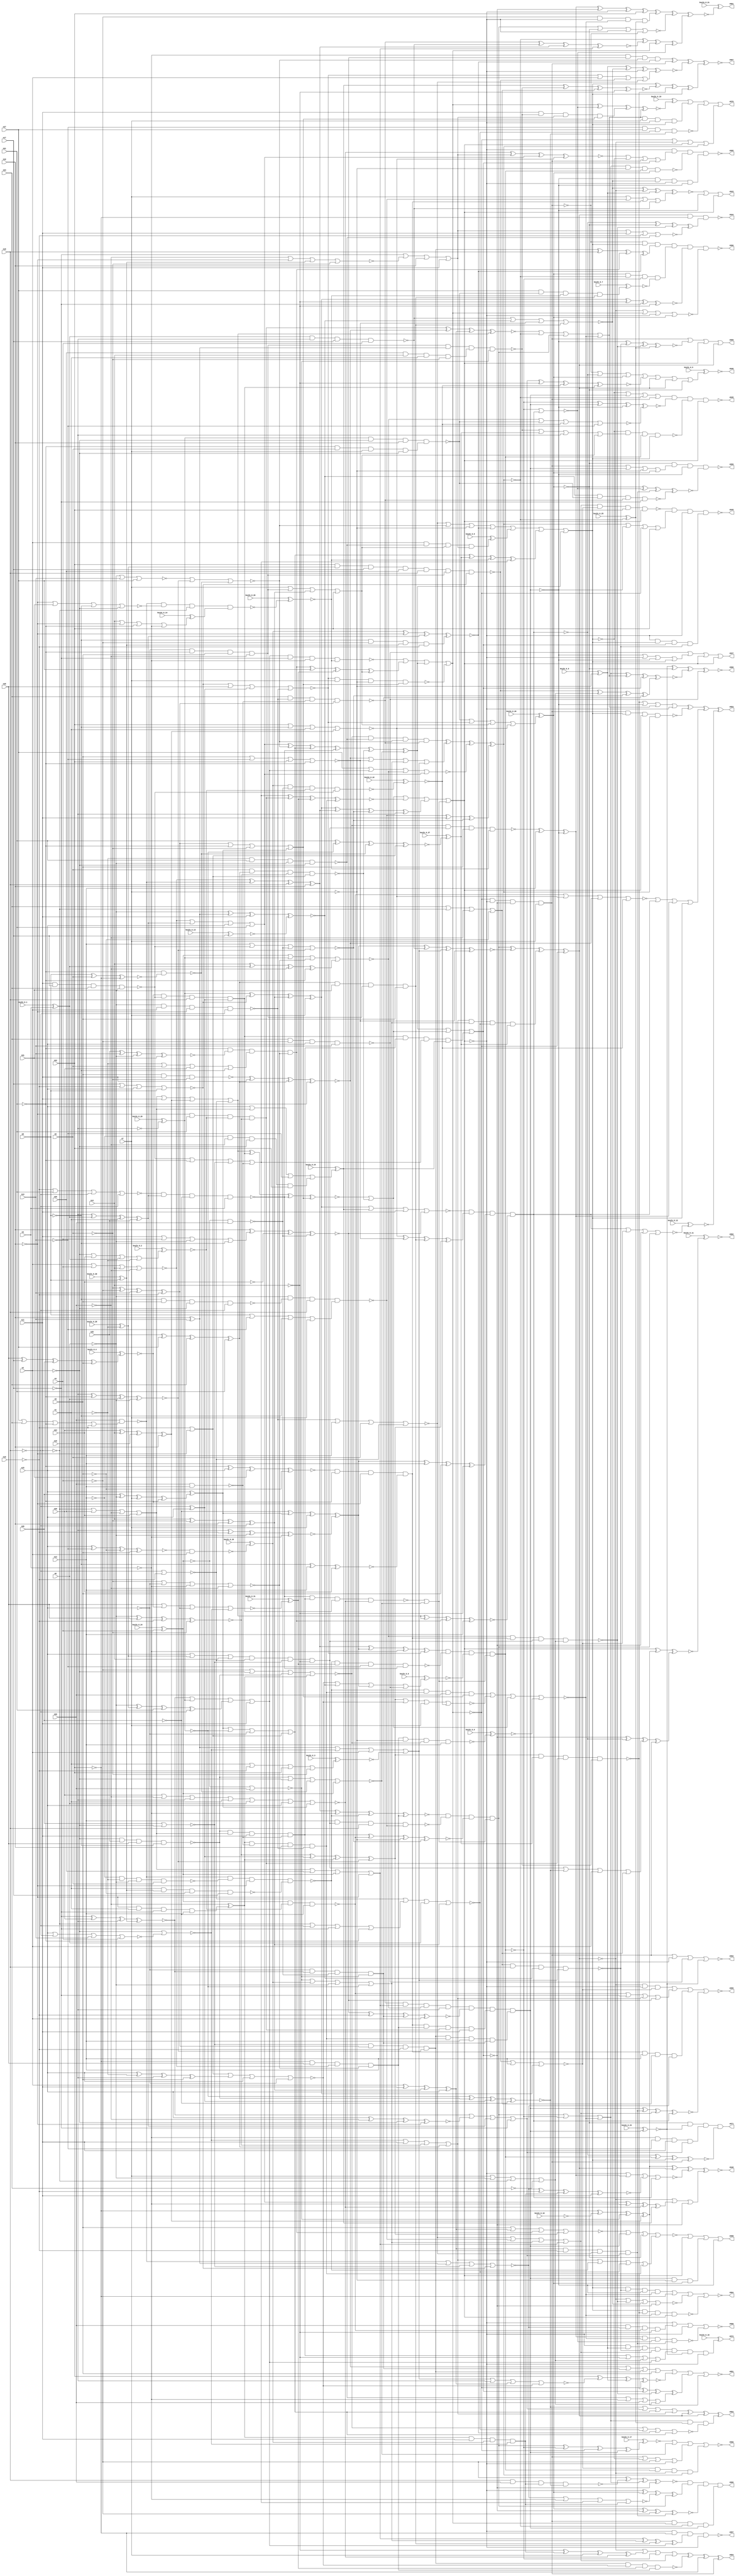


module Stat_541_1114
(
  n1,
  n2,
  n3,
  n4,
  n5,
  n6,
  n7,
  n8,
  n9,
  n10,
  n11,
  n12,
  n13,
  n14,
  n15,
  n16,
  n17,
  n18,
  n19,
  n20,
  n21,
  n22,
  n23,
  n24,
  n25,
  n26,
  n27,
  n28,
  n29,
  n30,
  n31,
  n555,
  n546,
  n564,
  n552,
  n572,
  n544,
  n571,
  n557,
  n545,
  n560,
  n543,
  n568,
  n562,
  n570,
  n558,
  n567,
  n550,
  n551,
  n556,
  n554,
  n547,
  n565,
  n549,
  n559,
  n569,
  n548,
  n561,
  n563,
  n566,
  n553,
  keyIn_0_0,
  keyIn_0_1,
  keyIn_0_2,
  keyIn_0_3,
  keyIn_0_4,
  keyIn_0_5,
  keyIn_0_6,
  keyIn_0_7,
  keyIn_0_8,
  keyIn_0_9,
  keyIn_0_10,
  keyIn_0_11,
  keyIn_0_12,
  keyIn_0_13,
  keyIn_0_14,
  keyIn_0_15,
  keyIn_0_16,
  keyIn_0_17,
  keyIn_0_18,
  keyIn_0_19,
  keyIn_0_20,
  keyIn_0_21,
  keyIn_0_22,
  keyIn_0_23,
  keyIn_0_24,
  keyIn_0_25,
  keyIn_0_26,
  keyIn_0_27,
  keyIn_0_28,
  keyIn_0_29,
  keyIn_0_30,
  keyIn_0_31
);

  input n1;
  input n2;
  input n3;
  input n4;
  input n5;
  input n6;
  input n7;
  input n8;
  input n9;
  input n10;
  input n11;
  input n12;
  input n13;
  input n14;
  input n15;
  input n16;
  input n17;
  input n18;
  input n19;
  input n20;
  input n21;
  input n22;
  input n23;
  input n24;
  input n25;
  input n26;
  input n27;
  input n28;
  input n29;
  input n30;
  input n31;
  input keyIn_0_0;
  input keyIn_0_1;
  input keyIn_0_2;
  input keyIn_0_3;
  input keyIn_0_4;
  input keyIn_0_5;
  input keyIn_0_6;
  input keyIn_0_7;
  input keyIn_0_8;
  input keyIn_0_9;
  input keyIn_0_10;
  input keyIn_0_11;
  input keyIn_0_12;
  input keyIn_0_13;
  input keyIn_0_14;
  input keyIn_0_15;
  input keyIn_0_16;
  input keyIn_0_17;
  input keyIn_0_18;
  input keyIn_0_19;
  input keyIn_0_20;
  input keyIn_0_21;
  input keyIn_0_22;
  input keyIn_0_23;
  input keyIn_0_24;
  input keyIn_0_25;
  input keyIn_0_26;
  input keyIn_0_27;
  input keyIn_0_28;
  input keyIn_0_29;
  input keyIn_0_30;
  input keyIn_0_31;
  output n555;
  output n546;
  output n564;
  output n552;
  output n572;
  output n544;
  output n571;
  output n557;
  output n545;
  output n560;
  output n543;
  output n568;
  output n562;
  output n570;
  output n558;
  output n567;
  output n550;
  output n551;
  output n556;
  output n554;
  output n547;
  output n565;
  output n549;
  output n559;
  output n569;
  output n548;
  output n561;
  output n563;
  output n566;
  output n553;
  wire n32;
  wire n33;
  wire n34;
  wire n35;
  wire n36;
  wire n37;
  wire n38;
  wire n39;
  wire n40;
  wire n41;
  wire n42;
  wire n43;
  wire n44;
  wire n45;
  wire n46;
  wire n47;
  wire n48;
  wire n49;
  wire n50;
  wire n51;
  wire n52;
  wire n53;
  wire n54;
  wire n55;
  wire n56;
  wire n57;
  wire n58;
  wire n59;
  wire n60;
  wire n61;
  wire n62;
  wire n63;
  wire n64;
  wire n65;
  wire n66;
  wire n67;
  wire n68;
  wire n69;
  wire n70;
  wire n71;
  wire n72;
  wire n73;
  wire n74;
  wire n75;
  wire n76;
  wire n77;
  wire n78;
  wire n79;
  wire n80;
  wire n81;
  wire n82;
  wire n83;
  wire n84;
  wire n85;
  wire n86;
  wire n87;
  wire n88;
  wire n89;
  wire n90;
  wire n91;
  wire n92;
  wire n93;
  wire n94;
  wire n95;
  wire n96;
  wire n97;
  wire n98;
  wire n99;
  wire n100;
  wire n101;
  wire n102;
  wire n103;
  wire n104;
  wire n105;
  wire n106;
  wire n107;
  wire n108;
  wire n109;
  wire n110;
  wire n111;
  wire n112;
  wire n113;
  wire n114;
  wire n115;
  wire n116;
  wire n117;
  wire n118;
  wire n119;
  wire n120;
  wire n121;
  wire n122;
  wire n123;
  wire n124;
  wire n125;
  wire n126;
  wire n127;
  wire n128;
  wire n129;
  wire n130;
  wire n131;
  wire n132;
  wire n133;
  wire n134;
  wire n135;
  wire n136;
  wire n137;
  wire n138;
  wire n139;
  wire n140;
  wire n141;
  wire n142;
  wire n143;
  wire n144;
  wire n145;
  wire n146;
  wire n147;
  wire n148;
  wire n149;
  wire n150;
  wire n151;
  wire n152;
  wire n153;
  wire n154;
  wire n155;
  wire n156;
  wire n157;
  wire n158;
  wire n159;
  wire n160;
  wire n161;
  wire n162;
  wire n163;
  wire n164;
  wire n165;
  wire n166;
  wire n167;
  wire n168;
  wire n169;
  wire n170;
  wire n171;
  wire n172;
  wire n173;
  wire n174;
  wire n175;
  wire n176;
  wire n177;
  wire n178;
  wire n179;
  wire n180;
  wire n181;
  wire n182;
  wire n183;
  wire n184;
  wire n185;
  wire n186;
  wire n187;
  wire n188;
  wire n189;
  wire n190;
  wire n191;
  wire n192;
  wire n193;
  wire n194;
  wire n195;
  wire n196;
  wire n197;
  wire n198;
  wire n199;
  wire n200;
  wire n201;
  wire n202;
  wire n203;
  wire n204;
  wire n205;
  wire n206;
  wire n207;
  wire n208;
  wire n209;
  wire n210;
  wire n211;
  wire n212;
  wire n213;
  wire n214;
  wire n215;
  wire n216;
  wire n217;
  wire n218;
  wire n219;
  wire n220;
  wire n221;
  wire n222;
  wire n223;
  wire n224;
  wire n225;
  wire n226;
  wire n227;
  wire n228;
  wire n229;
  wire n230;
  wire n231;
  wire n232;
  wire n233;
  wire n234;
  wire n235;
  wire n236;
  wire n237;
  wire n238;
  wire n239;
  wire n240;
  wire n241;
  wire n242;
  wire n243;
  wire n244;
  wire n245;
  wire n246;
  wire n247;
  wire n248;
  wire n249;
  wire n250;
  wire n251;
  wire n252;
  wire n253;
  wire n254;
  wire n255;
  wire n256;
  wire n257;
  wire n258;
  wire n259;
  wire n260;
  wire n261;
  wire n262;
  wire n263;
  wire n264;
  wire n265;
  wire n266;
  wire n267;
  wire n268;
  wire n269;
  wire n270;
  wire n271;
  wire n272;
  wire n273;
  wire n274;
  wire n275;
  wire n276;
  wire n277;
  wire n278;
  wire n279;
  wire n280;
  wire n281;
  wire n282;
  wire n283;
  wire n284;
  wire n285;
  wire n286;
  wire n287;
  wire n288;
  wire n289;
  wire n290;
  wire n291;
  wire n292;
  wire n293;
  wire n294;
  wire n295;
  wire n296;
  wire n297;
  wire n298;
  wire n299;
  wire n300;
  wire n301;
  wire n302;
  wire n303;
  wire n304;
  wire n305;
  wire n306;
  wire n307;
  wire n308;
  wire n309;
  wire n310;
  wire n311;
  wire n312;
  wire n313;
  wire n314;
  wire n315;
  wire n316;
  wire n317;
  wire n318;
  wire n319;
  wire n320;
  wire n321;
  wire n322;
  wire n323;
  wire n324;
  wire n325;
  wire n326;
  wire n327;
  wire n328;
  wire n329;
  wire n330;
  wire n331;
  wire n332;
  wire n333;
  wire n334;
  wire n335;
  wire n336;
  wire n337;
  wire n338;
  wire n339;
  wire n340;
  wire n341;
  wire n342;
  wire n343;
  wire n344;
  wire n345;
  wire n346;
  wire n347;
  wire n348;
  wire n349;
  wire n350;
  wire n351;
  wire n352;
  wire n353;
  wire n354;
  wire n355;
  wire n356;
  wire n357;
  wire n358;
  wire n359;
  wire n360;
  wire n361;
  wire n362;
  wire n363;
  wire n364;
  wire n365;
  wire n366;
  wire n367;
  wire n368;
  wire n369;
  wire n370;
  wire n371;
  wire n372;
  wire n373;
  wire n374;
  wire n375;
  wire n376;
  wire n377;
  wire n378;
  wire n379;
  wire n380;
  wire n381;
  wire n382;
  wire n383;
  wire n384;
  wire n385;
  wire n386;
  wire n387;
  wire n388;
  wire n389;
  wire n390;
  wire n391;
  wire n392;
  wire n393;
  wire n394;
  wire n395;
  wire n396;
  wire n397;
  wire n398;
  wire n399;
  wire n400;
  wire n401;
  wire n402;
  wire n403;
  wire n404;
  wire n405;
  wire n406;
  wire n407;
  wire n408;
  wire n409;
  wire n410;
  wire n411;
  wire n412;
  wire n413;
  wire n414;
  wire n415;
  wire n416;
  wire n417;
  wire n418;
  wire n419;
  wire n420;
  wire n421;
  wire n422;
  wire n423;
  wire n424;
  wire n425;
  wire n426;
  wire n427;
  wire n428;
  wire n429;
  wire n430;
  wire n431;
  wire n432;
  wire n433;
  wire n434;
  wire n435;
  wire n436;
  wire n437;
  wire n438;
  wire n439;
  wire n440;
  wire n441;
  wire n442;
  wire n443;
  wire n444;
  wire n445;
  wire n446;
  wire n447;
  wire n448;
  wire n449;
  wire n450;
  wire n451;
  wire n452;
  wire n453;
  wire n454;
  wire n455;
  wire n456;
  wire n457;
  wire n458;
  wire n459;
  wire n460;
  wire n461;
  wire n462;
  wire n463;
  wire n464;
  wire n465;
  wire n466;
  wire n467;
  wire n468;
  wire n469;
  wire n470;
  wire n471;
  wire n472;
  wire n473;
  wire n474;
  wire n475;
  wire n476;
  wire n477;
  wire n478;
  wire n479;
  wire n480;
  wire n481;
  wire n482;
  wire n483;
  wire n484;
  wire n485;
  wire n486;
  wire n487;
  wire n488;
  wire n489;
  wire n490;
  wire n491;
  wire n492;
  wire n493;
  wire n494;
  wire n495;
  wire n496;
  wire n497;
  wire n498;
  wire n499;
  wire n500;
  wire n501;
  wire n502;
  wire n503;
  wire n504;
  wire n505;
  wire n506;
  wire n507;
  wire n508;
  wire n509;
  wire n510;
  wire n511;
  wire n512;
  wire n513;
  wire n514;
  wire n515;
  wire n516;
  wire n517;
  wire n518;
  wire n519;
  wire n520;
  wire n521;
  wire n522;
  wire n523;
  wire n524;
  wire n525;
  wire n526;
  wire n527;
  wire n528;
  wire n529;
  wire n530;
  wire n531;
  wire n532;
  wire n533;
  wire n534;
  wire n535;
  wire n536;
  wire n537;
  wire n538;
  wire n539;
  wire n540;
  wire n541;
  wire n542;
  wire KeyWire_0_0;
  wire KeyWire_0_1;
  wire KeyWire_0_2;
  wire KeyWire_0_3;
  wire KeyWire_0_4;
  wire KeyWire_0_5;
  wire KeyWire_0_6;
  wire KeyWire_0_7;
  wire KeyWire_0_8;
  wire KeyWire_0_9;
  wire KeyWire_0_10;
  wire KeyWire_0_11;
  wire KeyWire_0_12;
  wire KeyWire_0_13;
  wire KeyWire_0_14;
  wire KeyWire_0_15;
  wire KeyWire_0_16;
  wire KeyWire_0_17;
  wire KeyWire_0_18;
  wire KeyWire_0_19;
  wire KeyWire_0_20;
  wire KeyWire_0_21;
  wire KeyWire_0_22;
  wire KeyWire_0_23;
  wire KeyWire_0_24;
  wire KeyWire_0_25;
  wire KeyWire_0_26;
  wire KeyWire_0_27;
  wire KeyWire_0_28;
  wire KeyWire_0_29;
  wire KeyWire_0_30;
  wire KeyWire_0_31;

  buf
  g0
  (
    n102,
    n20
  );


  not
  g1
  (
    n63,
    n11
  );


  buf
  g2
  (
    n36,
    n2
  );


  buf
  g3
  (
    n97,
    n9
  );


  buf
  g4
  (
    n62,
    n7
  );


  buf
  g5
  (
    n91,
    n12
  );


  buf
  g6
  (
    n41,
    n1
  );


  buf
  g7
  (
    n112,
    n19
  );


  not
  g8
  (
    n106,
    n14
  );


  not
  g9
  (
    n81,
    n5
  );


  not
  g10
  (
    n98,
    n13
  );


  buf
  g11
  (
    n32,
    n11
  );


  buf
  g12
  (
    n118,
    n7
  );


  not
  g13
  (
    n33,
    n5
  );


  not
  g14
  (
    n95,
    n20
  );


  buf
  g15
  (
    n69,
    n21
  );


  not
  g16
  (
    n66,
    n10
  );


  not
  g17
  (
    n61,
    n12
  );


  buf
  g18
  (
    n47,
    n4
  );


  not
  g19
  (
    n84,
    n16
  );


  buf
  g20
  (
    n117,
    n12
  );


  not
  g21
  (
    n50,
    n18
  );


  buf
  g22
  (
    n38,
    n11
  );


  not
  g23
  (
    n67,
    n6
  );


  buf
  g24
  (
    n59,
    n22
  );


  buf
  g25
  (
    n74,
    n6
  );


  not
  g26
  (
    KeyWire_0_28,
    n1
  );


  buf
  g27
  (
    KeyWire_0_1,
    n3
  );


  buf
  g28
  (
    n44,
    n1
  );


  buf
  g29
  (
    n114,
    n11
  );


  not
  g30
  (
    n88,
    n5
  );


  buf
  g31
  (
    n35,
    n23
  );


  not
  g32
  (
    n49,
    n18
  );


  not
  g33
  (
    n46,
    n6
  );


  buf
  g34
  (
    n54,
    n17
  );


  buf
  g35
  (
    n87,
    n10
  );


  not
  g36
  (
    n104,
    n14
  );


  buf
  g37
  (
    n86,
    n19
  );


  buf
  g38
  (
    n57,
    n13
  );


  not
  g39
  (
    n110,
    n3
  );


  buf
  g40
  (
    n77,
    n2
  );


  not
  g41
  (
    n82,
    n8
  );


  buf
  g42
  (
    n119,
    n22
  );


  buf
  g43
  (
    n72,
    n5
  );


  buf
  g44
  (
    n70,
    n14
  );


  not
  g45
  (
    n83,
    n15
  );


  not
  g46
  (
    n39,
    n4
  );


  buf
  g47
  (
    n96,
    n14
  );


  not
  g48
  (
    n53,
    n22
  );


  not
  g49
  (
    n85,
    n20
  );


  not
  g50
  (
    n56,
    n21
  );


  buf
  g51
  (
    n64,
    n13
  );


  buf
  g52
  (
    n93,
    n9
  );


  not
  g53
  (
    n79,
    n17
  );


  not
  g54
  (
    n55,
    n21
  );


  buf
  g55
  (
    n43,
    n19
  );


  not
  g56
  (
    n45,
    n2
  );


  buf
  g57
  (
    n90,
    n17
  );


  not
  g58
  (
    n71,
    n9
  );


  not
  g59
  (
    KeyWire_0_29,
    n19
  );


  not
  g60
  (
    n107,
    n17
  );


  not
  g61
  (
    n58,
    n6
  );


  buf
  g62
  (
    n113,
    n7
  );


  buf
  g63
  (
    KeyWire_0_30,
    n8
  );


  buf
  g64
  (
    n48,
    n10
  );


  not
  g65
  (
    n92,
    n18
  );


  not
  g66
  (
    n65,
    n21
  );


  not
  g67
  (
    n109,
    n7
  );


  buf
  g68
  (
    n76,
    n8
  );


  not
  g69
  (
    n34,
    n16
  );


  buf
  g70
  (
    n111,
    n9
  );


  not
  g71
  (
    n89,
    n16
  );


  not
  g72
  (
    n116,
    n16
  );


  buf
  g73
  (
    n101,
    n15
  );


  buf
  g74
  (
    n94,
    n15
  );


  not
  g75
  (
    n37,
    n1
  );


  not
  g76
  (
    n115,
    n13
  );


  buf
  g77
  (
    n108,
    n18
  );


  buf
  g78
  (
    n75,
    n15
  );


  not
  g79
  (
    n103,
    n3
  );


  not
  g80
  (
    n80,
    n8
  );


  not
  g81
  (
    n60,
    n3
  );


  not
  g82
  (
    n78,
    n20
  );


  buf
  g83
  (
    n105,
    n12
  );


  not
  g84
  (
    n120,
    n4
  );


  buf
  g85
  (
    n40,
    n22
  );


  buf
  g86
  (
    KeyWire_0_24,
    n4
  );


  not
  g87
  (
    n68,
    n2
  );


  not
  g88
  (
    n51,
    n10
  );


  not
  g89
  (
    n166,
    n57
  );


  buf
  g90
  (
    n197,
    n91
  );


  not
  g91
  (
    n180,
    n60
  );


  not
  g92
  (
    n163,
    n63
  );


  buf
  g93
  (
    n123,
    n49
  );


  buf
  g94
  (
    n243,
    n32
  );


  not
  g95
  (
    n228,
    n26
  );


  not
  g96
  (
    n154,
    n76
  );


  buf
  g97
  (
    n231,
    n65
  );


  not
  g98
  (
    n158,
    n38
  );


  buf
  g99
  (
    n138,
    n39
  );


  not
  g100
  (
    n156,
    n40
  );


  not
  g101
  (
    n160,
    n54
  );


  not
  g102
  (
    n169,
    n90
  );


  buf
  g103
  (
    n238,
    n27
  );


  buf
  g104
  (
    n208,
    n28
  );


  not
  g105
  (
    n130,
    n61
  );


  not
  g106
  (
    n227,
    n87
  );


  buf
  g107
  (
    n142,
    n30
  );


  buf
  g108
  (
    n225,
    n32
  );


  not
  g109
  (
    n239,
    n95
  );


  buf
  g110
  (
    n128,
    n84
  );


  not
  g111
  (
    n162,
    n46
  );


  buf
  g112
  (
    n240,
    n77
  );


  buf
  g113
  (
    n132,
    n51
  );


  buf
  g114
  (
    n233,
    n48
  );


  buf
  g115
  (
    n189,
    n97
  );


  not
  g116
  (
    n146,
    n61
  );


  not
  g117
  (
    n175,
    n96
  );


  not
  g118
  (
    n144,
    n48
  );


  not
  g119
  (
    n215,
    n74
  );


  not
  g120
  (
    n134,
    n36
  );


  buf
  g121
  (
    n224,
    n62
  );


  buf
  g122
  (
    n176,
    n46
  );


  not
  g123
  (
    KeyWire_0_13,
    n79
  );


  not
  g124
  (
    n183,
    n74
  );


  buf
  g125
  (
    n192,
    n33
  );


  not
  g126
  (
    n137,
    n45
  );


  buf
  g127
  (
    n125,
    n26
  );


  buf
  g128
  (
    n205,
    n83
  );


  buf
  g129
  (
    n184,
    n34
  );


  not
  g130
  (
    n172,
    n40
  );


  not
  g131
  (
    n157,
    n88
  );


  buf
  g132
  (
    n122,
    n95
  );


  buf
  g133
  (
    n143,
    n59
  );


  not
  g134
  (
    n203,
    n81
  );


  not
  g135
  (
    n164,
    n53
  );


  not
  g136
  (
    n181,
    n83
  );


  buf
  g137
  (
    n139,
    n23
  );


  not
  g138
  (
    n217,
    n36
  );


  not
  g139
  (
    n135,
    n77
  );


  not
  g140
  (
    n234,
    n65
  );


  not
  g141
  (
    n141,
    n38
  );


  buf
  g142
  (
    n165,
    n77
  );


  buf
  g143
  (
    n190,
    n74
  );


  not
  g144
  (
    n121,
    n69
  );


  not
  g145
  (
    n167,
    n44
  );


  buf
  g146
  (
    n178,
    n48
  );


  buf
  g147
  (
    n133,
    n36
  );


  buf
  g148
  (
    n213,
    n38
  );


  not
  g149
  (
    n230,
    n92
  );


  buf
  g150
  (
    n245,
    n53
  );


  not
  g151
  (
    n147,
    n35
  );


  buf
  g152
  (
    n179,
    n41
  );


  not
  g153
  (
    n202,
    n24
  );


  xor
  g154
  (
    n219,
    n87,
    n57
  );


  nand
  g155
  (
    n177,
    n80,
    n93,
    n45,
    n92
  );


  xnor
  g156
  (
    n204,
    n79,
    n29,
    n43,
    n42
  );


  or
  g157
  (
    KeyWire_0_2,
    n68,
    n24,
    n73,
    n37
  );


  xnor
  g158
  (
    n200,
    n56,
    n94,
    n31,
    n71
  );


  and
  g159
  (
    n223,
    n83,
    n55,
    n93,
    n85
  );


  xor
  g160
  (
    n124,
    n26,
    n58,
    n62,
    n56
  );


  nand
  g161
  (
    n187,
    n97,
    n38,
    n33
  );


  or
  g162
  (
    n155,
    n75,
    n52,
    n96
  );


  nand
  g163
  (
    n218,
    n45,
    n25,
    n28,
    n80
  );


  and
  g164
  (
    n201,
    n82,
    n39,
    n42,
    n89
  );


  xor
  g165
  (
    n148,
    n70,
    n73,
    n85,
    n56
  );


  xnor
  g166
  (
    n131,
    n76,
    n72,
    n53
  );


  nor
  g167
  (
    n150,
    n95,
    n66,
    n42,
    n88
  );


  and
  g168
  (
    n193,
    n56,
    n72,
    n62,
    n68
  );


  xor
  g169
  (
    n152,
    n75,
    n37,
    n43,
    n93
  );


  nor
  g170
  (
    n199,
    n66,
    n31,
    n82,
    n68
  );


  xnor
  g171
  (
    n216,
    n43,
    n65,
    n74,
    n58
  );


  and
  g172
  (
    n185,
    n59,
    n52,
    n90,
    n30
  );


  xnor
  g173
  (
    n171,
    n25,
    n57,
    n46,
    n31
  );


  or
  g174
  (
    n168,
    n29,
    n78,
    n86,
    n44
  );


  and
  g175
  (
    n195,
    n30,
    n70,
    n41,
    n81
  );


  xnor
  g176
  (
    n126,
    n94,
    n98,
    n71,
    n93
  );


  nor
  g177
  (
    n236,
    n90,
    n34,
    n94,
    n76
  );


  nand
  g178
  (
    n237,
    n73,
    n43,
    n90,
    n47
  );


  nand
  g179
  (
    n188,
    n44,
    n42,
    n71,
    n54
  );


  xnor
  g180
  (
    n214,
    n58,
    n28,
    n89,
    n88
  );


  xor
  g181
  (
    n226,
    n86,
    n73,
    n41,
    n25
  );


  or
  g182
  (
    KeyWire_0_3,
    n44,
    n34,
    n59,
    n88
  );


  xor
  g183
  (
    n229,
    n81,
    n39,
    n64,
    n34
  );


  nand
  g184
  (
    n186,
    n61,
    n37,
    n67,
    n72
  );


  xor
  g185
  (
    n174,
    n67,
    n52,
    n69,
    n92
  );


  xor
  g186
  (
    n210,
    n29,
    n96,
    n86,
    n87
  );


  nand
  g187
  (
    n222,
    n32,
    n54,
    n23,
    n31
  );


  nor
  g188
  (
    n211,
    n50,
    n84
  );


  nor
  g189
  (
    n173,
    n67,
    n64,
    n27
  );


  and
  g190
  (
    n191,
    n61,
    n78,
    n45,
    n59
  );


  or
  g191
  (
    n149,
    n63,
    n50,
    n79,
    n55
  );


  nand
  g192
  (
    n244,
    n35,
    n39,
    n75,
    n64
  );


  nor
  g193
  (
    n207,
    n77,
    n47,
    n70,
    n85
  );


  nor
  g194
  (
    n206,
    n33,
    n83,
    n60,
    n78
  );


  or
  g195
  (
    n136,
    n27,
    n35,
    n55,
    n89
  );


  or
  g196
  (
    KeyWire_0_14,
    n96,
    n51,
    n55,
    n60
  );


  nand
  g197
  (
    n220,
    n67,
    n36,
    n66,
    n49
  );


  or
  g198
  (
    n194,
    n76,
    n98,
    n80,
    n62
  );


  xnor
  g199
  (
    n145,
    n82,
    n91,
    n24
  );


  or
  g200
  (
    n140,
    n32,
    n47,
    n58,
    n80
  );


  xor
  g201
  (
    n212,
    n70,
    n81,
    n48,
    n50
  );


  nor
  g202
  (
    n127,
    n94,
    n49,
    n57,
    n47
  );


  and
  g203
  (
    n129,
    n51,
    n41,
    n79,
    n91
  );


  xnor
  g204
  (
    n151,
    n86,
    n84,
    n46,
    n60
  );


  xnor
  g205
  (
    n182,
    n75,
    n85,
    n68,
    n66
  );


  xor
  g206
  (
    n221,
    n25,
    n27,
    n23,
    n69
  );


  or
  g207
  (
    n241,
    n35,
    n63,
    n78,
    n71
  );


  or
  g208
  (
    n235,
    n63,
    n30,
    n95,
    n24
  );


  xor
  g209
  (
    KeyWire_0_4,
    n28,
    n54,
    n26,
    n97
  );


  nor
  g210
  (
    n161,
    n89,
    n69,
    n92,
    n49
  );


  nor
  g211
  (
    KeyWire_0_18,
    n87,
    n51,
    n40,
    n98
  );


  nor
  g212
  (
    n242,
    n97,
    n98,
    n40,
    n65
  );


  or
  g213
  (
    n170,
    n37,
    n72,
    n29,
    n82
  );


  nor
  g214
  (
    n251,
    n134,
    n127
  );


  xor
  g215
  (
    n246,
    n122,
    n129
  );


  nand
  g216
  (
    KeyWire_0_19,
    n126,
    n133
  );


  not
  g217
  (
    n257,
    n100
  );


  not
  g218
  (
    n247,
    n99
  );


  xor
  g219
  (
    n255,
    n101,
    n124
  );


  nand
  g220
  (
    n252,
    n102,
    n130
  );


  nand
  g221
  (
    n260,
    n121,
    n131
  );


  or
  g222
  (
    n259,
    n128,
    n132
  );


  nand
  g223
  (
    n256,
    n100,
    n102
  );


  xor
  g224
  (
    n249,
    n123,
    n101
  );


  nor
  g225
  (
    n253,
    n125,
    n135
  );


  nor
  g226
  (
    n258,
    n100,
    n102
  );


  buf
  g227
  (
    n248,
    n101
  );


  nand
  g228
  (
    n254,
    n102,
    n136
  );


  buf
  g229
  (
    n261,
    n99
  );


  or
  g230
  (
    n306,
    n204,
    n247,
    n174,
    n213
  );


  xnor
  g231
  (
    n308,
    n178,
    n140,
    n202,
    n256
  );


  nor
  g232
  (
    n302,
    n164,
    n154,
    n179,
    n210
  );


  xor
  g233
  (
    n297,
    n247,
    n236,
    n212,
    n224
  );


  nor
  g234
  (
    n324,
    n218,
    n217,
    n260,
    n257
  );


  nor
  g235
  (
    n307,
    n236,
    n208,
    n249,
    n220
  );


  or
  g236
  (
    n304,
    n219,
    n251,
    n137,
    n159
  );


  or
  g237
  (
    n263,
    n258,
    n250,
    n215,
    n261
  );


  nor
  g238
  (
    n274,
    n168,
    n162,
    n248,
    n255
  );


  nand
  g239
  (
    n321,
    n185,
    n230,
    n223,
    n236
  );


  or
  g240
  (
    n270,
    n251,
    n225,
    n214,
    n221
  );


  and
  g241
  (
    n286,
    n246,
    n225,
    n250,
    n251
  );


  and
  g242
  (
    n313,
    n209,
    n222,
    n230,
    n249
  );


  and
  g243
  (
    n294,
    n246,
    n252,
    n233,
    n220
  );


  and
  g244
  (
    n271,
    n231,
    n171,
    n170,
    n206
  );


  xnor
  g245
  (
    n293,
    n250,
    n227,
    n226,
    n201
  );


  or
  g246
  (
    n301,
    n235,
    n213,
    n210,
    n211
  );


  and
  g247
  (
    n300,
    n200,
    n209,
    n227,
    n145
  );


  xnor
  g248
  (
    n305,
    n215,
    n219,
    n225,
    n196
  );


  nand
  g249
  (
    n288,
    n223,
    n219,
    n195,
    n258
  );


  and
  g250
  (
    n280,
    n218,
    n235,
    n225,
    n252
  );


  nor
  g251
  (
    KeyWire_0_31,
    n208,
    n209,
    n229,
    n251
  );


  nor
  g252
  (
    n315,
    n254,
    n219,
    n253,
    n236
  );


  xor
  g253
  (
    n285,
    n214,
    n249,
    n246,
    n216
  );


  and
  g254
  (
    n296,
    n155,
    n211,
    n253,
    n175
  );


  nor
  g255
  (
    n299,
    n138,
    n217,
    n218,
    n246
  );


  and
  g256
  (
    n277,
    n221,
    n215,
    n223,
    n189
  );


  nand
  g257
  (
    n323,
    n203,
    n221,
    n214,
    n259
  );


  nand
  g258
  (
    n264,
    n161,
    n226,
    n228,
    n180
  );


  or
  g259
  (
    n319,
    n255,
    n261,
    n205,
    n259
  );


  nand
  g260
  (
    KeyWire_0_26,
    n254,
    n199,
    n158,
    n198
  );


  or
  g261
  (
    n303,
    n222,
    n231,
    n253,
    n252
  );


  nand
  g262
  (
    n298,
    n257,
    n232,
    n228
  );


  nand
  g263
  (
    n275,
    n247,
    n217,
    n233,
    n193
  );


  or
  g264
  (
    n278,
    n207,
    n226,
    n248,
    n234
  );


  xor
  g265
  (
    n325,
    n172,
    n153,
    n258,
    n210
  );


  xnor
  g266
  (
    KeyWire_0_27,
    n234,
    n261,
    n260,
    n259
  );


  or
  g267
  (
    n279,
    n224,
    n223,
    n212,
    n143
  );


  xor
  g268
  (
    n287,
    n165,
    n213,
    n212,
    n248
  );


  nor
  g269
  (
    n322,
    n257,
    n247,
    n206,
    n148
  );


  nor
  g270
  (
    n289,
    n211,
    n149,
    n190,
    n212
  );


  or
  g271
  (
    n290,
    n235,
    n142,
    n257,
    n144
  );


  nor
  g272
  (
    n292,
    n146,
    n222,
    n256,
    n216
  );


  xnor
  g273
  (
    n273,
    n261,
    n218,
    n249,
    n228
  );


  xor
  g274
  (
    n311,
    n228,
    n255,
    n224,
    n151
  );


  nand
  g275
  (
    KeyWire_0_22,
    n250,
    n256,
    n232,
    n222
  );


  or
  g276
  (
    n314,
    n204,
    n182,
    n226,
    n169
  );


  nor
  g277
  (
    n267,
    n220,
    n197,
    n157,
    n211
  );


  xor
  g278
  (
    n272,
    n207,
    n254,
    n230,
    n233
  );


  and
  g279
  (
    n269,
    n253,
    n229,
    n184,
    n216
  );


  nand
  g280
  (
    n284,
    n183,
    n177,
    n230,
    n194
  );


  and
  g281
  (
    n310,
    n156,
    n208,
    n207,
    n206
  );


  xnor
  g282
  (
    n282,
    n187,
    n213,
    n221,
    n231
  );


  nor
  g283
  (
    n312,
    n173,
    n216,
    n260
  );


  nand
  g284
  (
    n320,
    n139,
    n220,
    n252,
    n229
  );


  or
  g285
  (
    KeyWire_0_15,
    n248,
    n235,
    n166,
    n191
  );


  nand
  g286
  (
    n317,
    n167,
    n234,
    n215,
    n217
  );


  or
  g287
  (
    n295,
    n229,
    n231,
    n192,
    n255
  );


  nand
  g288
  (
    n268,
    n254,
    n186,
    n227,
    n188
  );


  and
  g289
  (
    n316,
    n205,
    n204,
    n256,
    n258
  );


  and
  g290
  (
    n262,
    n227,
    n234,
    n232,
    n214
  );


  nor
  g291
  (
    n309,
    n259,
    n152,
    n181,
    n205
  );


  or
  g292
  (
    n265,
    n224,
    n176,
    n141,
    n147
  );


  or
  g293
  (
    n291,
    n160,
    n150,
    n233,
    n163
  );


  xnor
  g294
  (
    n342,
    n301,
    n301,
    n271,
    n105
  );


  nor
  g295
  (
    n372,
    n111,
    n287,
    n271,
    n285
  );


  or
  g296
  (
    n404,
    n280,
    n104,
    n265,
    n306
  );


  nand
  g297
  (
    n379,
    n108,
    n239,
    n286,
    n273
  );


  xnor
  g298
  (
    n351,
    n308,
    n116,
    n316,
    n240
  );


  and
  g299
  (
    n341,
    n320,
    n290,
    n322,
    n112
  );


  xor
  g300
  (
    n347,
    n311,
    n117,
    n111,
    n106
  );


  nand
  g301
  (
    n326,
    n264,
    n280,
    n313,
    n274
  );


  xnor
  g302
  (
    n371,
    n274,
    n291,
    n278,
    n302
  );


  nand
  g303
  (
    KeyWire_0_0,
    n310,
    n109,
    n299,
    n117
  );


  and
  g304
  (
    n405,
    n110,
    n115,
    n114,
    n314
  );


  or
  g305
  (
    n383,
    n270,
    n268,
    n289,
    n294
  );


  and
  g306
  (
    n346,
    n299,
    n317,
    n312,
    n320
  );


  nand
  g307
  (
    n353,
    n306,
    n107,
    n103,
    n276
  );


  and
  g308
  (
    n363,
    n287,
    n116,
    n267,
    n314
  );


  xnor
  g309
  (
    n390,
    n320,
    n237,
    n272,
    n290
  );


  xnor
  g310
  (
    n381,
    n314,
    n104,
    n283,
    n313
  );


  and
  g311
  (
    KeyWire_0_7,
    n238,
    n275,
    n276,
    n277
  );


  xnor
  g312
  (
    n344,
    n272,
    n110,
    n268,
    n310
  );


  and
  g313
  (
    n400,
    n239,
    n315,
    n298,
    n106
  );


  or
  g314
  (
    n343,
    n282,
    n242,
    n263,
    n304
  );


  xor
  g315
  (
    n335,
    n319,
    n281,
    n276,
    n303
  );


  nand
  g316
  (
    n359,
    n322,
    n300,
    n296,
    n265
  );


  xor
  g317
  (
    n395,
    n269,
    n108,
    n271,
    n293
  );


  nand
  g318
  (
    n355,
    n268,
    n318,
    n115,
    n264
  );


  nand
  g319
  (
    n370,
    n299,
    n296,
    n111,
    n276
  );


  xnor
  g320
  (
    n403,
    n297,
    n104,
    n107,
    n106
  );


  nand
  g321
  (
    n399,
    n115,
    n238,
    n289,
    n273
  );


  and
  g322
  (
    n408,
    n110,
    n308,
    n312,
    n293
  );


  or
  g323
  (
    n366,
    n267,
    n284,
    n263,
    n290
  );


  xnor
  g324
  (
    n349,
    n280,
    n298,
    n109,
    n292
  );


  and
  g325
  (
    n358,
    n268,
    n294,
    n239,
    n295
  );


  and
  g326
  (
    n350,
    n300,
    n310,
    n262,
    n114
  );


  nor
  g327
  (
    n389,
    n315,
    n110,
    n303,
    n286
  );


  or
  g328
  (
    n402,
    n273,
    n314,
    n319,
    n270
  );


  or
  g329
  (
    n336,
    n267,
    n312,
    n109,
    n293
  );


  nor
  g330
  (
    n388,
    n322,
    n275,
    n283,
    n115
  );


  xnor
  g331
  (
    n382,
    n315,
    n116,
    n286,
    n243
  );


  or
  g332
  (
    KeyWire_0_6,
    n309,
    n305,
    n311,
    n244
  );


  nor
  g333
  (
    n373,
    n298,
    n302,
    n282,
    n283
  );


  nor
  g334
  (
    n333,
    n285,
    n309,
    n113,
    n283
  );


  or
  g335
  (
    n393,
    n307,
    n240,
    n321,
    n267
  );


  and
  g336
  (
    n376,
    n114,
    n288,
    n291,
    n295
  );


  or
  g337
  (
    n396,
    n317,
    n103,
    n239,
    n265
  );


  and
  g338
  (
    n364,
    n241,
    n108,
    n305,
    n304
  );


  xor
  g339
  (
    n340,
    n272,
    n311,
    n103,
    n307
  );


  xnor
  g340
  (
    n332,
    n303,
    n262,
    n318,
    n294
  );


  xnor
  g341
  (
    n369,
    n311,
    n237,
    n304,
    n242
  );


  xnor
  g342
  (
    n384,
    n266,
    n288,
    n241,
    n106
  );


  nor
  g343
  (
    n338,
    n238,
    n306,
    n322,
    n278
  );


  nand
  g344
  (
    n330,
    n307,
    n113,
    n109,
    n295
  );


  and
  g345
  (
    n401,
    n300,
    n105,
    n241,
    n315
  );


  nand
  g346
  (
    n394,
    n305,
    n275,
    n320,
    n107
  );


  nand
  g347
  (
    n337,
    n117,
    n296,
    n108,
    n284
  );


  nor
  g348
  (
    n368,
    n321,
    n321,
    n105,
    n297
  );


  xnor
  g349
  (
    n328,
    n301,
    n313,
    n264,
    n295
  );


  xor
  g350
  (
    n352,
    n284,
    n243,
    n292
  );


  nand
  g351
  (
    n361,
    n285,
    n281,
    n262,
    n288
  );


  xnor
  g352
  (
    n365,
    n262,
    n282,
    n287,
    n301
  );


  xor
  g353
  (
    n345,
    n302,
    n242,
    n277,
    n285
  );


  and
  g354
  (
    KeyWire_0_8,
    n240,
    n317,
    n279,
    n291
  );


  or
  g355
  (
    n397,
    n298,
    n107,
    n270,
    n308
  );


  or
  g356
  (
    n360,
    n237,
    n305,
    n242,
    n277
  );


  xor
  g357
  (
    n348,
    n297,
    n272,
    n292,
    n112
  );


  and
  g358
  (
    n354,
    n313,
    n280,
    n303,
    n266
  );


  xor
  g359
  (
    n339,
    n271,
    n238,
    n318,
    n279
  );


  or
  g360
  (
    n385,
    n296,
    n273,
    n240,
    n241
  );


  or
  g361
  (
    n378,
    n288,
    n281,
    n112,
    n279
  );


  nor
  g362
  (
    n356,
    n297,
    n266,
    n243,
    n308
  );


  xor
  g363
  (
    n380,
    n321,
    n265,
    n292,
    n316
  );


  nor
  g364
  (
    n374,
    n291,
    n114,
    n116,
    n317
  );


  and
  g365
  (
    n367,
    n270,
    n263,
    n289,
    n281
  );


  xor
  g366
  (
    n386,
    n104,
    n286,
    n113,
    n274
  );


  or
  g367
  (
    n392,
    n113,
    n284,
    n300,
    n237
  );


  nor
  g368
  (
    n387,
    n299,
    n289,
    n293,
    n319
  );


  or
  g369
  (
    KeyWire_0_20,
    n275,
    n307,
    n279,
    n302
  );


  nand
  g370
  (
    n398,
    n269,
    n309,
    n318,
    n310
  );


  or
  g371
  (
    n407,
    n282,
    n316,
    n269,
    n111
  );


  xor
  g372
  (
    n327,
    n278,
    n312,
    n319,
    n264
  );


  xor
  g373
  (
    n377,
    n278,
    n103,
    n274,
    n266
  );


  xor
  g374
  (
    n406,
    n290,
    n263,
    n277,
    n306
  );


  and
  g375
  (
    n331,
    n269,
    n294,
    n105,
    n316
  );


  nor
  g376
  (
    n391,
    n304,
    n112,
    n287,
    n309
  );


  or
  g377
  (
    n409,
    n326,
    n324
  );


  xor
  g378
  (
    n410,
    n327,
    n323,
    n324
  );


  or
  g379
  (
    n411,
    n328,
    n323
  );


  nor
  g380
  (
    n418,
    n358,
    n333,
    n411,
    n334
  );


  or
  g381
  (
    n415,
    n336,
    n357,
    n335,
    n410
  );


  xnor
  g382
  (
    n420,
    n346,
    n343,
    n338,
    n352
  );


  nor
  g383
  (
    n416,
    n410,
    n411,
    n354
  );


  and
  g384
  (
    n414,
    n344,
    n337,
    n349,
    n409
  );


  nand
  g385
  (
    n417,
    n341,
    n351,
    n350,
    n331
  );


  nor
  g386
  (
    n412,
    n411,
    n332,
    n348,
    n409
  );


  nor
  g387
  (
    n419,
    n353,
    n339,
    n410,
    n330
  );


  and
  g388
  (
    n421,
    n356,
    n345,
    n347,
    n342
  );


  nand
  g389
  (
    n413,
    n340,
    n355,
    n329,
    n409
  );


  not
  g390
  (
    n451,
    n118
  );


  not
  g391
  (
    n426,
    n362
  );


  not
  g392
  (
    n461,
    n364
  );


  buf
  g393
  (
    n454,
    n420
  );


  buf
  g394
  (
    n450,
    n368
  );


  buf
  g395
  (
    n455,
    n415
  );


  buf
  g396
  (
    n457,
    n359
  );


  buf
  g397
  (
    n438,
    n412
  );


  buf
  g398
  (
    n423,
    n412
  );


  not
  g399
  (
    n428,
    n420
  );


  not
  g400
  (
    n452,
    n415
  );


  not
  g401
  (
    n447,
    n417
  );


  not
  g402
  (
    n425,
    n417
  );


  buf
  g403
  (
    n442,
    n416
  );


  buf
  g404
  (
    n441,
    n415
  );


  buf
  g405
  (
    n435,
    n418
  );


  buf
  g406
  (
    n449,
    n366
  );


  buf
  g407
  (
    n458,
    n414
  );


  buf
  g408
  (
    n431,
    n416
  );


  not
  g409
  (
    n460,
    n360
  );


  buf
  g410
  (
    KeyWire_0_25,
    n420
  );


  buf
  g411
  (
    n439,
    n413
  );


  buf
  g412
  (
    n445,
    n363
  );


  buf
  g413
  (
    n448,
    n361
  );


  buf
  g414
  (
    n429,
    n421
  );


  not
  g415
  (
    KeyWire_0_9,
    n118
  );


  not
  g416
  (
    n446,
    n421
  );


  buf
  g417
  (
    n436,
    n415
  );


  not
  g418
  (
    n456,
    n417
  );


  not
  g419
  (
    n430,
    n416
  );


  not
  g420
  (
    n424,
    n412
  );


  buf
  g421
  (
    n459,
    n419
  );


  not
  g422
  (
    n434,
    n419
  );


  not
  g423
  (
    n443,
    n413
  );


  xor
  g424
  (
    n437,
    n370,
    n117,
    n417
  );


  nor
  g425
  (
    n432,
    n413,
    n421
  );


  or
  g426
  (
    n444,
    n414,
    n413,
    n418
  );


  xnor
  g427
  (
    n422,
    n414,
    n369,
    n367,
    n419
  );


  or
  g428
  (
    n453,
    n365,
    n420,
    n414,
    n418
  );


  and
  g429
  (
    n427,
    n419,
    n412,
    n416,
    n118
  );


  not
  g430
  (
    n482,
    n426
  );


  not
  g431
  (
    n479,
    n424
  );


  buf
  g432
  (
    n480,
    n427
  );


  not
  g433
  (
    n465,
    n424
  );


  not
  g434
  (
    n472,
    n427
  );


  buf
  g435
  (
    n462,
    n426
  );


  not
  g436
  (
    n467,
    n423
  );


  buf
  g437
  (
    n474,
    n427
  );


  not
  g438
  (
    n468,
    n425
  );


  buf
  g439
  (
    n483,
    n424
  );


  buf
  g440
  (
    n485,
    n423
  );


  buf
  g441
  (
    n471,
    n427
  );


  not
  g442
  (
    n477,
    n422
  );


  buf
  g443
  (
    n466,
    n422
  );


  buf
  g444
  (
    KeyWire_0_23,
    n425
  );


  not
  g445
  (
    n473,
    n424
  );


  not
  g446
  (
    n463,
    n426
  );


  buf
  g447
  (
    n470,
    n426
  );


  not
  g448
  (
    n476,
    n425
  );


  not
  g449
  (
    n481,
    n423
  );


  buf
  g450
  (
    n464,
    n422
  );


  buf
  g451
  (
    n475,
    n423
  );


  not
  g452
  (
    n469,
    n425
  );


  not
  g453
  (
    n478,
    n422
  );


  nor
  g454
  (
    n517,
    n372,
    n456,
    n463,
    n383
  );


  xnor
  g455
  (
    n516,
    n120,
    n379,
    n444,
    n442
  );


  or
  g456
  (
    n522,
    n471,
    n452,
    n120,
    n465
  );


  nor
  g457
  (
    KeyWire_0_12,
    n429,
    n450,
    n431,
    n458
  );


  xnor
  g458
  (
    n529,
    n119,
    n391,
    n440,
    n459
  );


  or
  g459
  (
    n537,
    n371,
    n452,
    n471,
    n430
  );


  nor
  g460
  (
    n526,
    n458,
    n463,
    n438,
    n472
  );


  or
  g461
  (
    n515,
    n373,
    n429,
    n437,
    n441
  );


  xor
  g462
  (
    n520,
    n437,
    n431,
    n438,
    n119
  );


  xnor
  g463
  (
    n533,
    n463,
    n432,
    n445,
    n394
  );


  xnor
  g464
  (
    n542,
    n460,
    n464,
    n440,
    n392
  );


  or
  g465
  (
    n532,
    n471,
    n456,
    n451,
    n462
  );


  and
  g466
  (
    n541,
    n444,
    n433,
    n387
  );


  and
  g467
  (
    n519,
    n462,
    n454,
    n439,
    n375
  );


  and
  g468
  (
    n534,
    n474,
    n434,
    n454,
    n447
  );


  nand
  g469
  (
    n499,
    n437,
    n435,
    n432,
    n445
  );


  nand
  g470
  (
    n492,
    n444,
    n451,
    n443,
    n462
  );


  xnor
  g471
  (
    n502,
    n469,
    n461,
    n457,
    n433
  );


  xor
  g472
  (
    n525,
    n442,
    n446,
    n385,
    n471
  );


  or
  g473
  (
    n535,
    n448,
    n468,
    n453,
    n475
  );


  and
  g474
  (
    n498,
    n436,
    n461,
    n469,
    n435
  );


  or
  g475
  (
    n496,
    n452,
    n456,
    n454,
    n474
  );


  xor
  g476
  (
    KeyWire_0_17,
    n458,
    n439,
    n459,
    n447
  );


  xor
  g477
  (
    n528,
    n475,
    n470,
    n389,
    n458
  );


  and
  g478
  (
    n494,
    n468,
    n460,
    n473,
    n469
  );


  xnor
  g479
  (
    n491,
    n462,
    n442,
    n120,
    n445
  );


  nor
  g480
  (
    n490,
    n466,
    n434,
    n465,
    n470
  );


  and
  g481
  (
    n527,
    n453,
    n118,
    n465,
    n436
  );


  and
  g482
  (
    n536,
    n473,
    n441,
    n430,
    n461
  );


  xor
  g483
  (
    n501,
    n448,
    n430,
    n457,
    n396
  );


  nand
  g484
  (
    n493,
    n455,
    n448,
    n435,
    n467
  );


  nor
  g485
  (
    n503,
    n438,
    n437,
    n382,
    n429
  );


  or
  g486
  (
    n518,
    n476,
    n475,
    n469,
    n441
  );


  nor
  g487
  (
    n514,
    n464,
    n457,
    n460,
    n442
  );


  xnor
  g488
  (
    n509,
    n440,
    n460,
    n475,
    n393
  );


  xnor
  g489
  (
    KeyWire_0_10,
    n434,
    n432,
    n376,
    n453
  );


  and
  g490
  (
    n523,
    n465,
    n440,
    n461,
    n449
  );


  or
  g491
  (
    n497,
    n466,
    n377,
    n431
  );


  and
  g492
  (
    n538,
    n450,
    n443,
    n466,
    n428
  );


  and
  g493
  (
    n513,
    n447,
    n451,
    n470
  );


  and
  g494
  (
    n495,
    n464,
    n473,
    n450
  );


  or
  g495
  (
    n488,
    n459,
    n464,
    n467,
    n428
  );


  nand
  g496
  (
    n531,
    n452,
    n378,
    n443,
    n455
  );


  xnor
  g497
  (
    n530,
    n439,
    n447,
    n468,
    n388
  );


  and
  g498
  (
    n506,
    n120,
    n438,
    n435,
    n433
  );


  or
  g499
  (
    n510,
    n472,
    n446,
    n470,
    n381
  );


  nand
  g500
  (
    n505,
    n474,
    n455,
    n467,
    n428
  );


  xnor
  g501
  (
    n539,
    n446,
    n443,
    n455,
    n474
  );


  nand
  g502
  (
    n486,
    n449,
    n450,
    n119,
    n467
  );


  xor
  g503
  (
    n487,
    n446,
    n463,
    n457,
    n374
  );


  xor
  g504
  (
    n507,
    n441,
    n384,
    n448,
    n436
  );


  xnor
  g505
  (
    n521,
    n456,
    n445,
    n449,
    n429
  );


  and
  g506
  (
    n508,
    n472,
    n472,
    n436,
    n395
  );


  or
  g507
  (
    n489,
    n466,
    n386,
    n439,
    n449
  );


  xor
  g508
  (
    n512,
    n454,
    n390,
    n434,
    n432
  );


  xnor
  g509
  (
    n504,
    n444,
    n453,
    n430,
    n380
  );


  or
  g510
  (
    n511,
    n428,
    n468,
    n459,
    n119
  );


  xnor
  g511
  (
    KeyWire_0_21,
    n520,
    n506,
    n526,
    n512
  );


  xnor
  g512
  (
    n548,
    n325,
    n477,
    n503,
    n497
  );


  nor
  g513
  (
    n568,
    n485,
    n400,
    n479,
    n499
  );


  xor
  g514
  (
    n554,
    n489,
    n398,
    n245,
    n480
  );


  nand
  g515
  (
    n544,
    n477,
    n478,
    n245,
    n487
  );


  nor
  g516
  (
    n551,
    n407,
    n529,
    n501,
    n325
  );


  nor
  g517
  (
    n550,
    n524,
    n324,
    n522,
    n538
  );


  or
  g518
  (
    n569,
    n480,
    n502,
    n483,
    n478
  );


  nor
  g519
  (
    n555,
    n495,
    n397,
    n401,
    n521
  );


  nand
  g520
  (
    n545,
    n496,
    n530,
    n531,
    n483
  );


  nand
  g521
  (
    n559,
    n482,
    n532,
    n476,
    n533
  );


  or
  g522
  (
    n547,
    n244,
    n518,
    n483,
    n481
  );


  xor
  g523
  (
    n563,
    n402,
    n477,
    n478,
    n541
  );


  xnor
  g524
  (
    KeyWire_0_11,
    n483,
    n325,
    n525
  );


  xnor
  g525
  (
    n560,
    n484,
    n482,
    n504,
    n244
  );


  nor
  g526
  (
    n564,
    n498,
    n245,
    n514,
    n493
  );


  or
  g527
  (
    n570,
    n540,
    n527,
    n399,
    n488
  );


  nand
  g528
  (
    n556,
    n508,
    n519,
    n403,
    n490
  );


  nand
  g529
  (
    n549,
    n486,
    n511,
    n479,
    n536
  );


  and
  g530
  (
    KeyWire_0_16,
    n523,
    n404,
    n484,
    n479
  );


  and
  g531
  (
    n571,
    n482,
    n484,
    n405,
    n539
  );


  or
  g532
  (
    n543,
    n542,
    n476,
    n481
  );


  or
  g533
  (
    KeyWire_0_5,
    n510,
    n478,
    n477,
    n482
  );


  xnor
  g534
  (
    n567,
    n408,
    n480,
    n509,
    n507
  );


  nor
  g535
  (
    n552,
    n480,
    n485,
    n244,
    n484
  );


  xor
  g536
  (
    n553,
    n535,
    n505,
    n515,
    n500
  );


  nand
  g537
  (
    n565,
    n485,
    n537,
    n492,
    n494
  );


  and
  g538
  (
    n566,
    n516,
    n528,
    n491,
    n534
  );


  nand
  g539
  (
    n557,
    n485,
    n245,
    n406,
    n479
  );


  or
  g540
  (
    n558,
    n517,
    n481,
    n513,
    n476
  );


  xnor
  KeyGate_0_0
  (
    n334,
    keyIn_0_0,
    KeyWire_0_0
  );


  xor
  KeyGate_0_1
  (
    n73,
    keyIn_0_1,
    KeyWire_0_1
  );


  xnor
  KeyGate_0_2
  (
    n232,
    keyIn_0_2,
    KeyWire_0_2
  );


  xnor
  KeyGate_0_3
  (
    n159,
    keyIn_0_3,
    KeyWire_0_3
  );


  xnor
  KeyGate_0_4
  (
    n209,
    keyIn_0_4,
    KeyWire_0_4
  );


  xnor
  KeyGate_0_5
  (
    n546,
    keyIn_0_5,
    KeyWire_0_5
  );


  xnor
  KeyGate_0_6
  (
    n329,
    keyIn_0_6,
    KeyWire_0_6
  );


  xnor
  KeyGate_0_7
  (
    n375,
    keyIn_0_7,
    KeyWire_0_7
  );


  xor
  KeyGate_0_8
  (
    n357,
    keyIn_0_8,
    KeyWire_0_8
  );


  xor
  KeyGate_0_9
  (
    n440,
    keyIn_0_9,
    KeyWire_0_9
  );


  xor
  KeyGate_0_10
  (
    n540,
    keyIn_0_10,
    KeyWire_0_10
  );


  xnor
  KeyGate_0_11
  (
    n562,
    keyIn_0_11,
    KeyWire_0_11
  );


  xnor
  KeyGate_0_12
  (
    n500,
    keyIn_0_12,
    KeyWire_0_12
  );


  xnor
  KeyGate_0_13
  (
    n196,
    keyIn_0_13,
    KeyWire_0_13
  );


  xor
  KeyGate_0_14
  (
    n198,
    keyIn_0_14,
    KeyWire_0_14
  );


  xor
  KeyGate_0_15
  (
    n266,
    keyIn_0_15,
    KeyWire_0_15
  );


  xor
  KeyGate_0_16
  (
    n572,
    keyIn_0_16,
    KeyWire_0_16
  );


  xnor
  KeyGate_0_17
  (
    n524,
    keyIn_0_17,
    KeyWire_0_17
  );


  xnor
  KeyGate_0_18
  (
    n153,
    keyIn_0_18,
    KeyWire_0_18
  );


  xor
  KeyGate_0_19
  (
    n250,
    keyIn_0_19,
    KeyWire_0_19
  );


  xnor
  KeyGate_0_20
  (
    n362,
    keyIn_0_20,
    KeyWire_0_20
  );


  xor
  KeyGate_0_21
  (
    n561,
    keyIn_0_21,
    KeyWire_0_21
  );


  xnor
  KeyGate_0_22
  (
    n283,
    keyIn_0_22,
    KeyWire_0_22
  );


  xnor
  KeyGate_0_23
  (
    n484,
    keyIn_0_23,
    KeyWire_0_23
  );


  xnor
  KeyGate_0_24
  (
    n100,
    keyIn_0_24,
    KeyWire_0_24
  );


  xor
  KeyGate_0_25
  (
    n433,
    keyIn_0_25,
    KeyWire_0_25
  );


  xnor
  KeyGate_0_26
  (
    n276,
    keyIn_0_26,
    KeyWire_0_26
  );


  xor
  KeyGate_0_27
  (
    n281,
    keyIn_0_27,
    KeyWire_0_27
  );


  xor
  KeyGate_0_28
  (
    n52,
    keyIn_0_28,
    KeyWire_0_28
  );


  xnor
  KeyGate_0_29
  (
    n99,
    keyIn_0_29,
    KeyWire_0_29
  );


  xor
  KeyGate_0_30
  (
    n42,
    keyIn_0_30,
    KeyWire_0_30
  );


  xor
  KeyGate_0_31
  (
    n318,
    keyIn_0_31,
    KeyWire_0_31
  );


endmodule